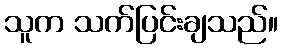
သူက သက်ပြင်းချသည်။